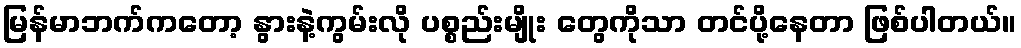
မြန်မာဘက်ကတော့ နွားနဲ့ကွမ်းလို ပစ္စည်းမျိုး တွေကိုသာ တင်ပို့နေတာ ဖြစ်ပါတယ်။